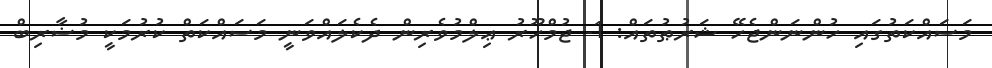
މަސައްކަތުގައި ހުންނަންޖެހޭ ޝަރުޠުތައް: 1- ޖުމްހޫރު ޢިލްމުވެރިން ދެކެލައްވަނީ މަސައްކަތް ކުރުމަކީ މުޟާރިބް